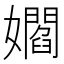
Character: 𡣽